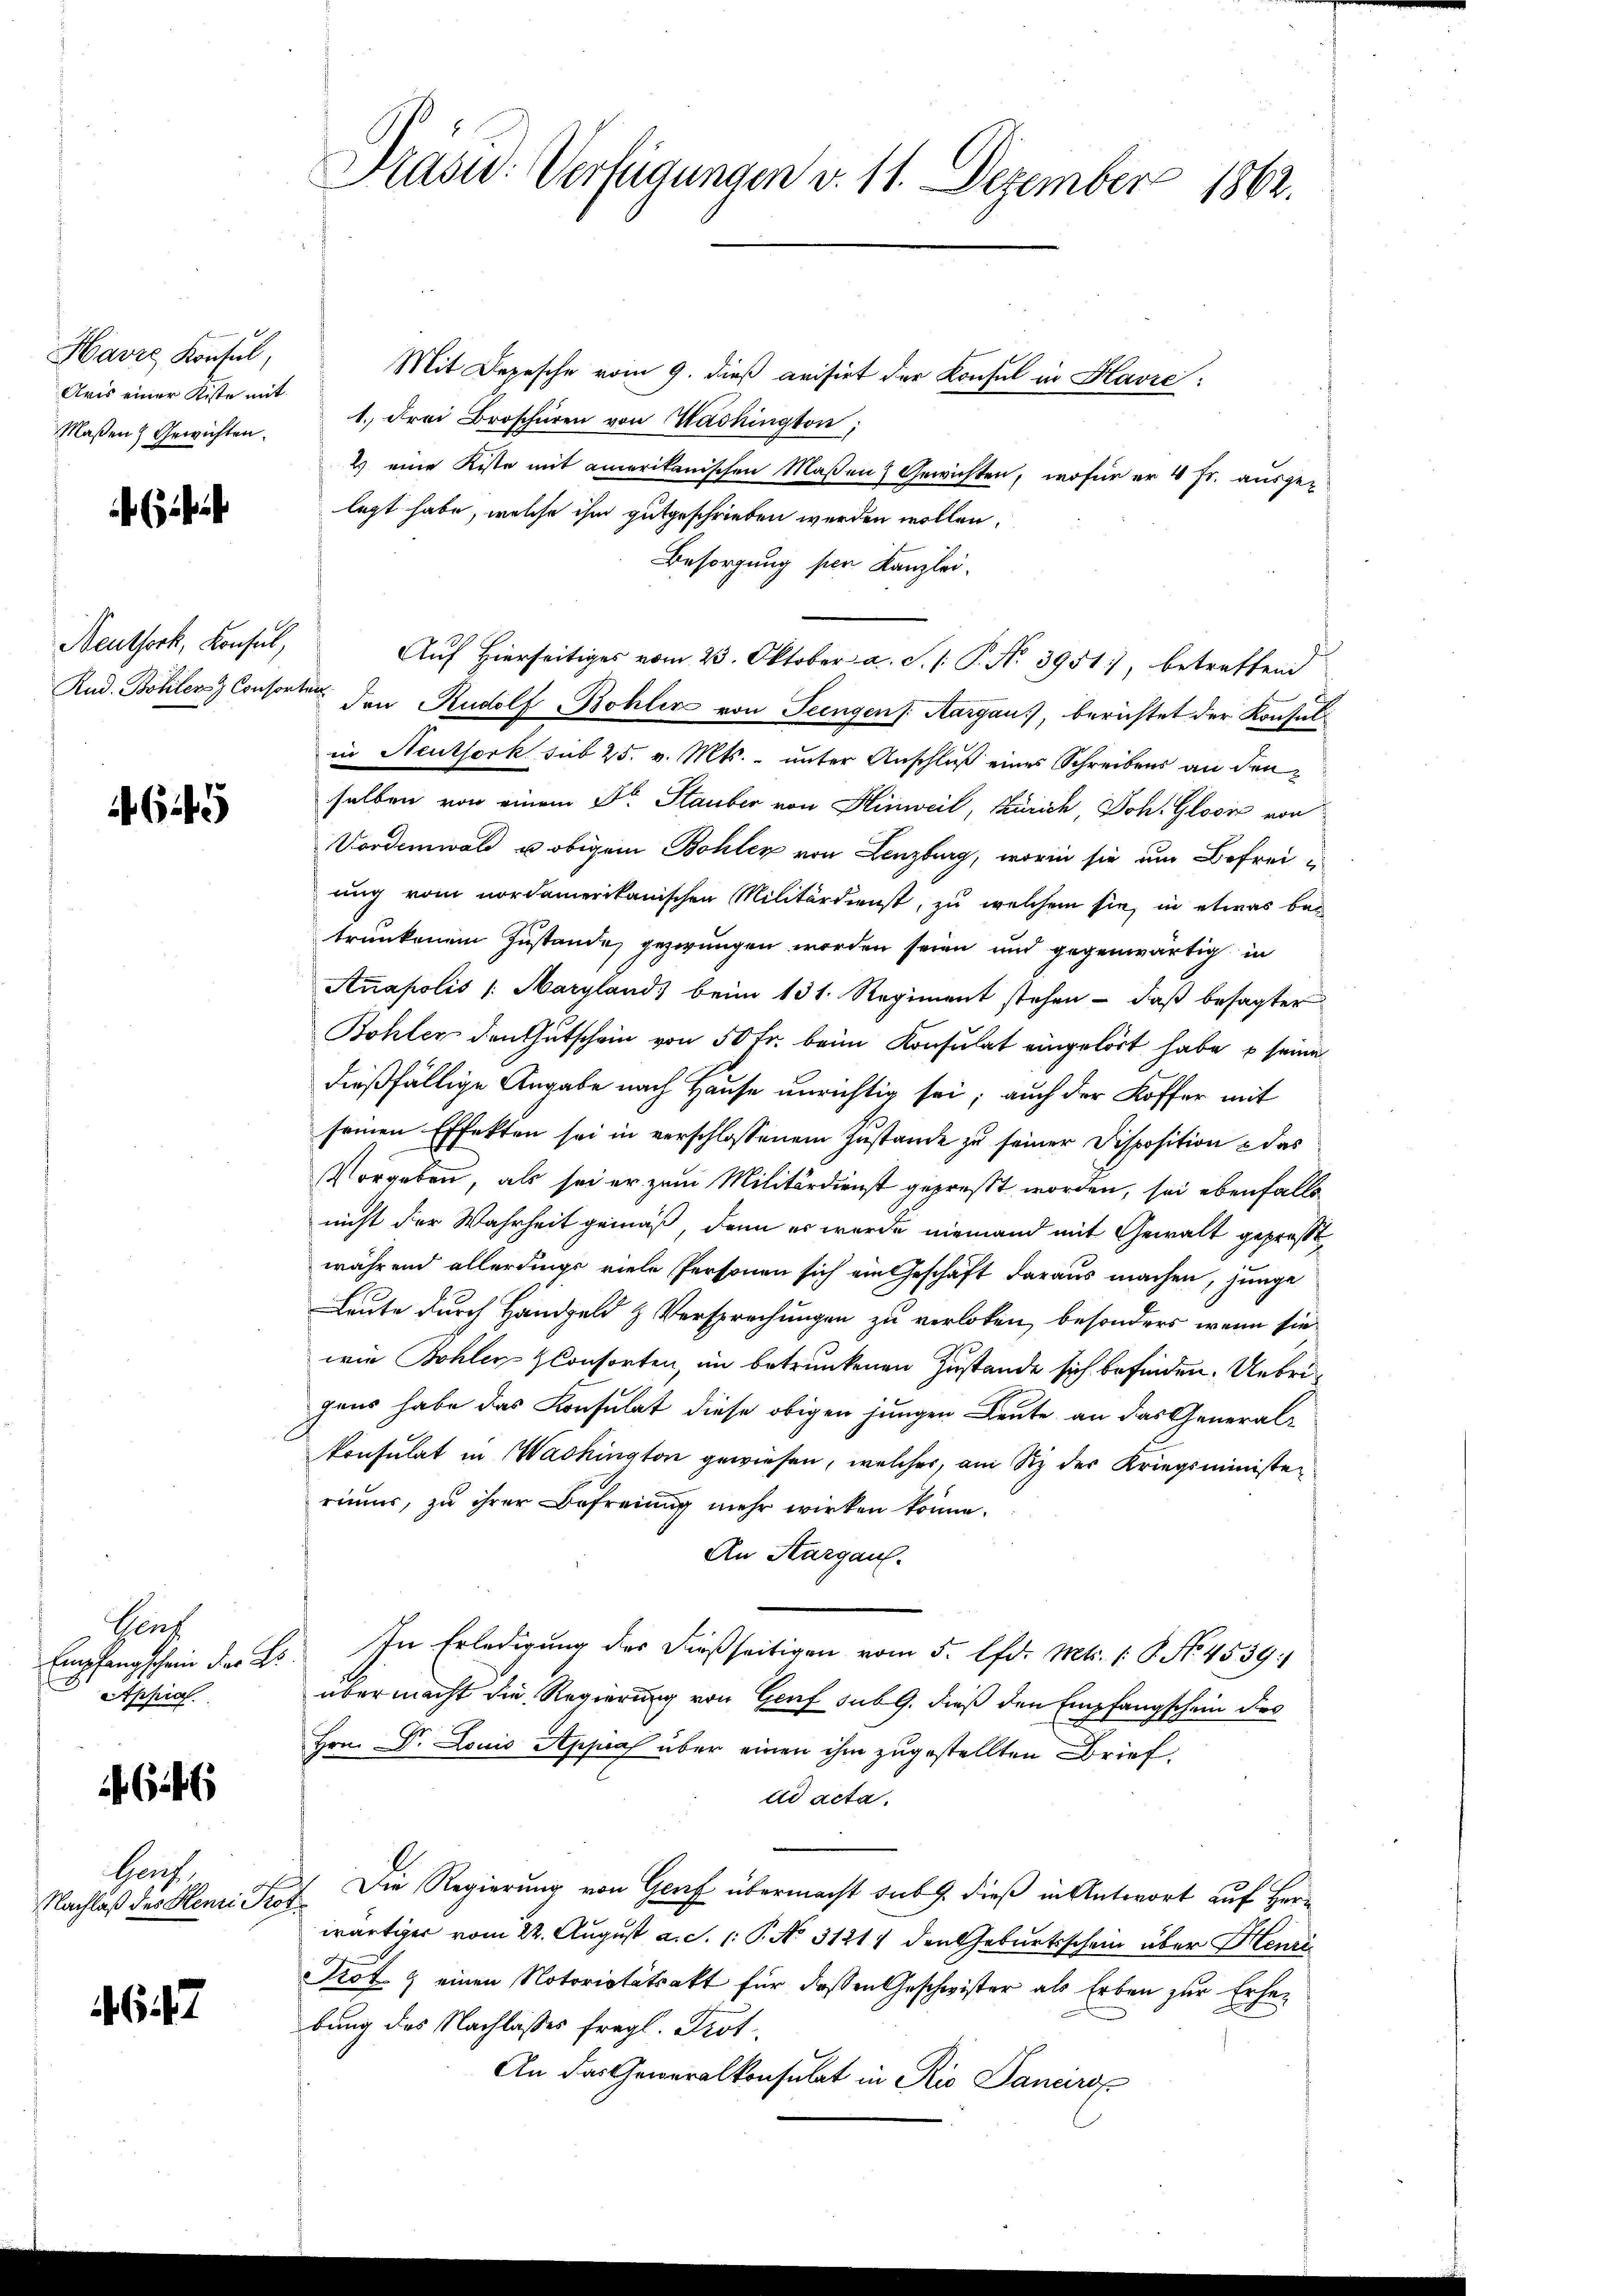
Havre Konsul,
Aris einer Kiste mit
Maßen Gewichten.

Neuthork, Konsul,

629

Genz
Appial.

i

Hauch
Nachlaß des Henri Pro

7

Prasid: Verfügungen v. 11. Dezember 1862.

Mit Depesche vom 9. dieß arisirt der Konsul in Havre:
1. Frei Broschüren von Washington,
2) eine Kiste mit amerikanischen Massen Gewichten, wofür er 4 Fr. ausge-
legt habe, welche ihm gutgeschrieben werden wollen.
Besorgung per Kanzlei.
Auf Hierseitiges vom 23. Oktober a. S. /: P. N. 3951, betreffend
Rud. Bohler Consorter den Rudolf Bohler von Feingen s. Aargau, berichtet der Konsulin Neuthork sub 25. v. Mts. unter Anschluß eines Schreibens an den
selben von einem Dr. Stauber von Hinweil, Zürich, Joh. Glović von
Vordemwald u obigem Bohler von Lenzburg, worin sie um Befreiung vom nordamerikanischen Militärdienst, zu welchem sie, in etwas bei
trunkenem Zustande gezwungen worden seien und gegenwärtig in
Anapolis (Marylands beim 131. Regiment stehen - daß besagter
Bohler den Gutschein von 50 Fr. beim Konsulat eingehört habe, u seine
dießfällige Angabe nach Hause unrichtig sei; auch der Koffer mit
seinen Effekten sei in verschlossenem Zustande zu seiner Disposition & das
Vorgeben, als sei er zum Militärdienst gepreßt worden, sei ebenfalls
nicht der Wahrheit gemäß, denn es wurde niemand mit Gewalt gepreßt
während allerdings viele Personen sich ein Geschäft daraus machen, junge
Leute durch Handgeld & Versprechungen zu verloten, besonders, wenn sie
wie Bohler-Consorten in betrunkenen Zustande sich befinden. Uebrigens habe das Konsulat diese obigen jungen Leute an das General-
konsulat in Washington gewiesen, welches, am Siz der Kriegsministen
riums, zu ihrer Befreiung mehr wirken könne.
An Aargau.
Empfangschein des E. In Erledigung der dießseitigen vom 5. lfd. Mts. 1. G. No. 4539.
übermacht die Regierung von Genf sub 9. dieß den Empfangschein des
Hrn. Dr. Louis Appias über einen ihm zugestellten Brief,
dd acta.
Die Regierung von Genf übermacht sub 9. dieß in Antwort auf Her¬
.
wärtiger vom 22. August a. S. 1: P. No. 3121) den Geburtsschein über Henri
Trot & einen Notoritätsakt für deßen Geschwister als Erben zur Erhebung des Nachlasses fragl. Prot
An das Generalkonsulat in Rio Sanciro